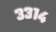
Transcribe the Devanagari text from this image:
३३१४